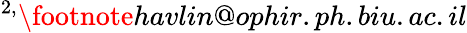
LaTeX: ^{2,}\footnote{havlin@ophir.ph.biu.ac.il}